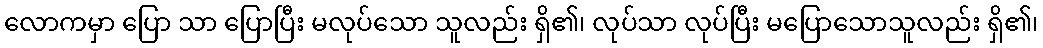
လောကမှာ ပြော သာ ပြောပြီး မလုပ်သော သူလည်း ရှိ၏၊ လုပ်သာ လုပ်ပြီး မပြောသောသူလည်း ရှိ၏၊